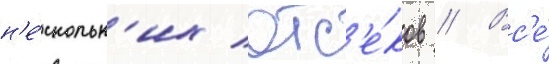
н'е́скольк'их отс'е́ков // Вс'е́